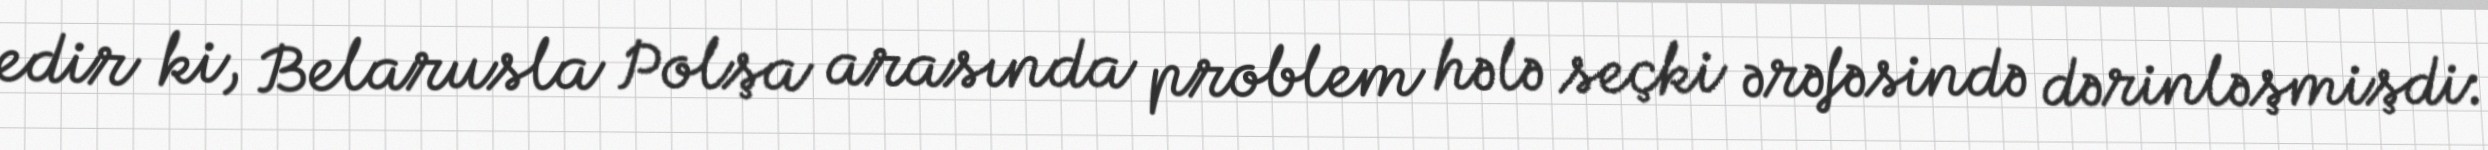
edir ki, Belarusla Polşa arasında problem hələ seçki ərəfəsində dərinləşmişdi: